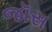
જૉસ